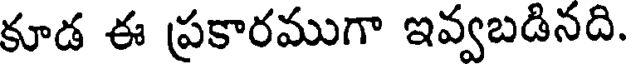
కూడ ఈ ప్రకారముగా ఇవ్వబడినది.